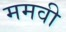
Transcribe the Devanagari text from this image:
ममवी